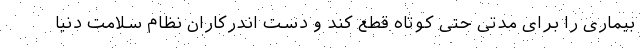
بیماری را برای مدتی حتی کوتاه قطع کند و دست اندرکاران نظام سلامت دنیا